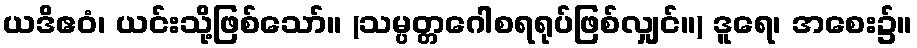
ယဒိဧဝံ၊ ယင်းသို့ဖြစ်သော်။ (သမ္ပတ္တဂေါစရရုပ်ဖြစ်လျှင်။) ဒူရေ၊ အစေး၌။